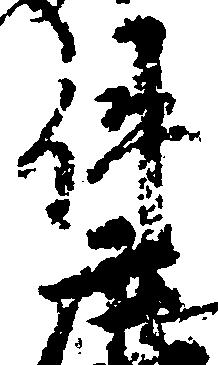
件